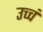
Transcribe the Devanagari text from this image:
उच्चं